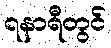
၇နာရီတွင်